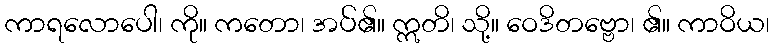
ကာရလောပေါ၊ ကို။ ကတော၊ အပ်၏။ ဣတိ၊ သို့။ ဝေဒိတဗ္ဗော၊ ၏။ ကာဝိယ၊